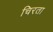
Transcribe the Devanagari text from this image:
चिरता